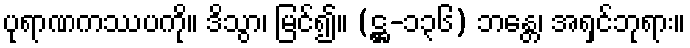
ပုရာဏကဿပကို။ ဒိသွာ၊ မြင်၍။ (ဋ္ဌ-၁၃၆) ဘန္တေ၊ အရှင်ဘုရား။